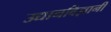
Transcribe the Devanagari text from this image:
उद्यानविज्ञानी